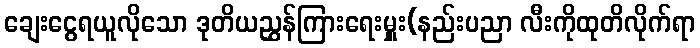
ချေးငွေရယူလိုသော ဒုတိယညွှန်ကြားရေးမှူး(နည်းပညာ လီးကိုထုတိလိုက်ရာ